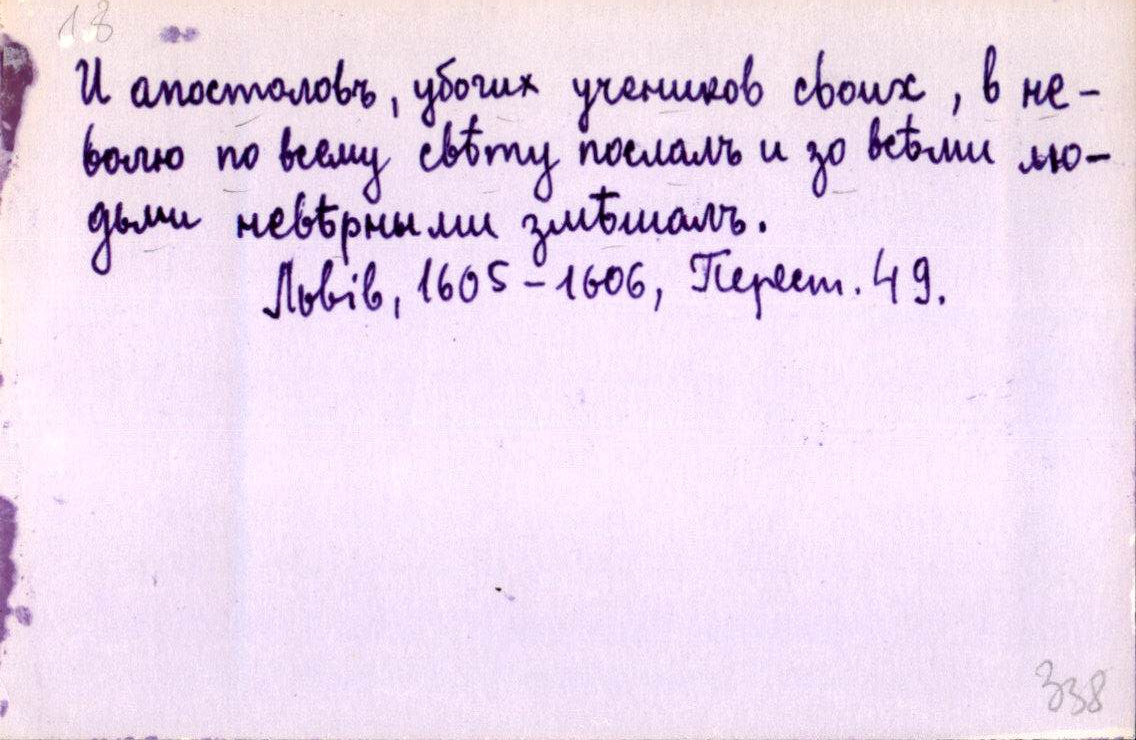
И апостоловъ, убогих учеников своих, в не-
волю по всему свѣту послалъ и зо всѣми лю-
дьми невѣрными змѣшалъ.
Львів, 1605-1606, Перест. 49.